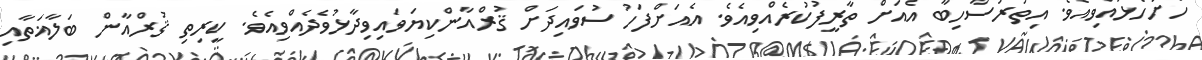
ހުށަހެޅުއްވިއެވެ. އިތުރުސާހިބާ އެއަށް ތާރީފުކުރެއްވިއެވެ. އެއަށްފަހު ސުވައިދަށް ޤުރްއާންކިޔަވައިވިދާޅުވެދެއްވިއެވެ. ކީރިތި ޤުރްއާން ބަލާޣަތާއި